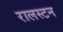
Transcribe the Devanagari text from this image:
रालस्टन